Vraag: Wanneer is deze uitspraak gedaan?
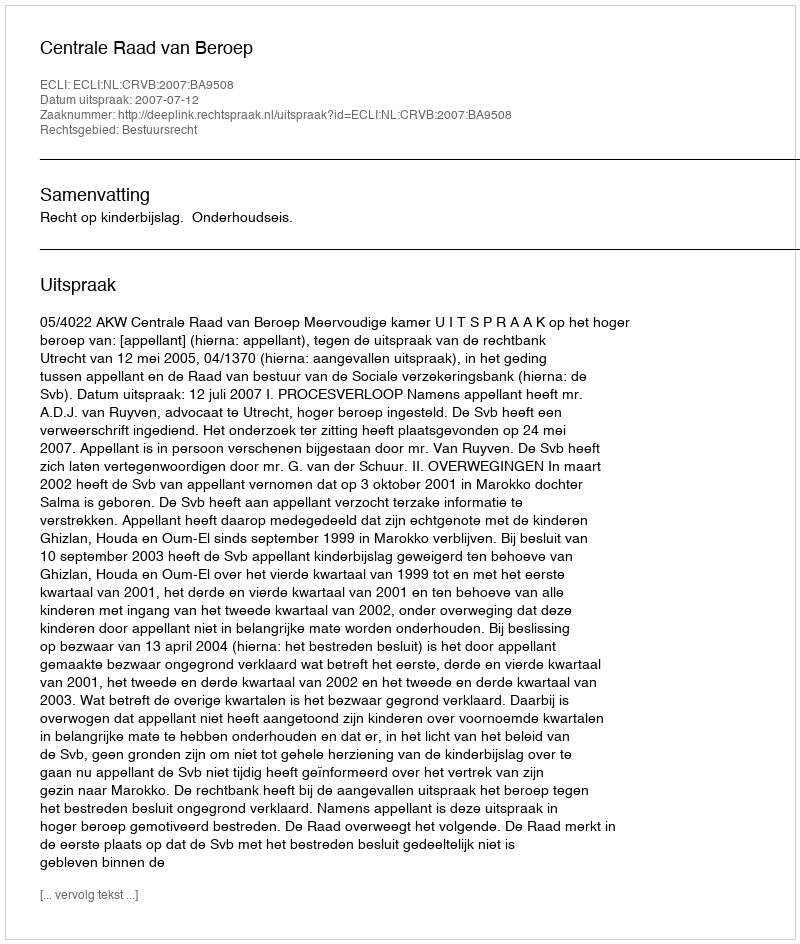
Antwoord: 2007-07-12